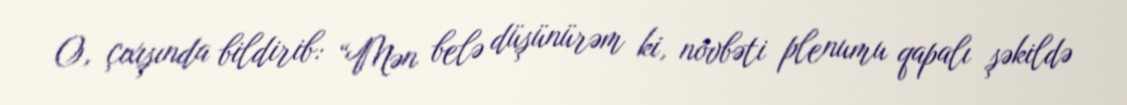
O, çıxışında bildirib: “Mən belə düşünürəm ki, növbəti plenumu qapalı şəkildə